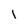
Character: l